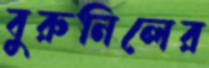
বুরুনিলের